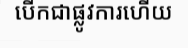
បើកជាផ្លូវការហើយ